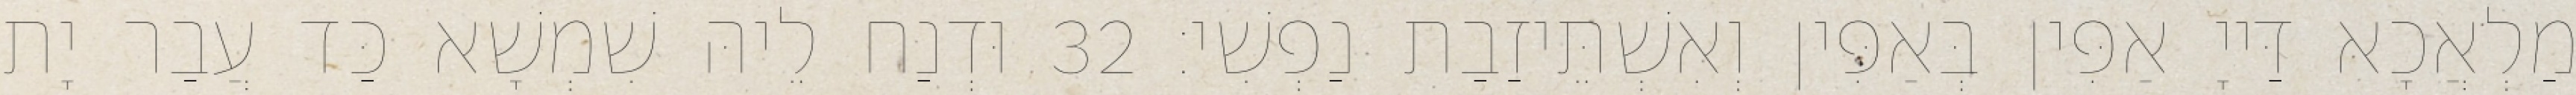
מַלְאֲכָא דַּייָ אַפִּין בְּאַפִּין וְאִשְׁתֵּיזַבַת נַפְשִׁי׃ 32 וּדְנַח לֵיהּ שִׁמְשָׁא כַּד עֲבַר יָת